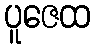
ပူဇေထ